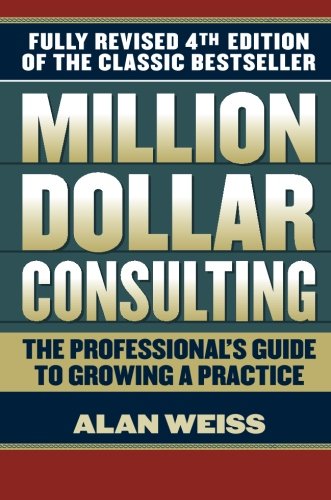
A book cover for Million Dollar Consulting; Alan Weiss; Business & Money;